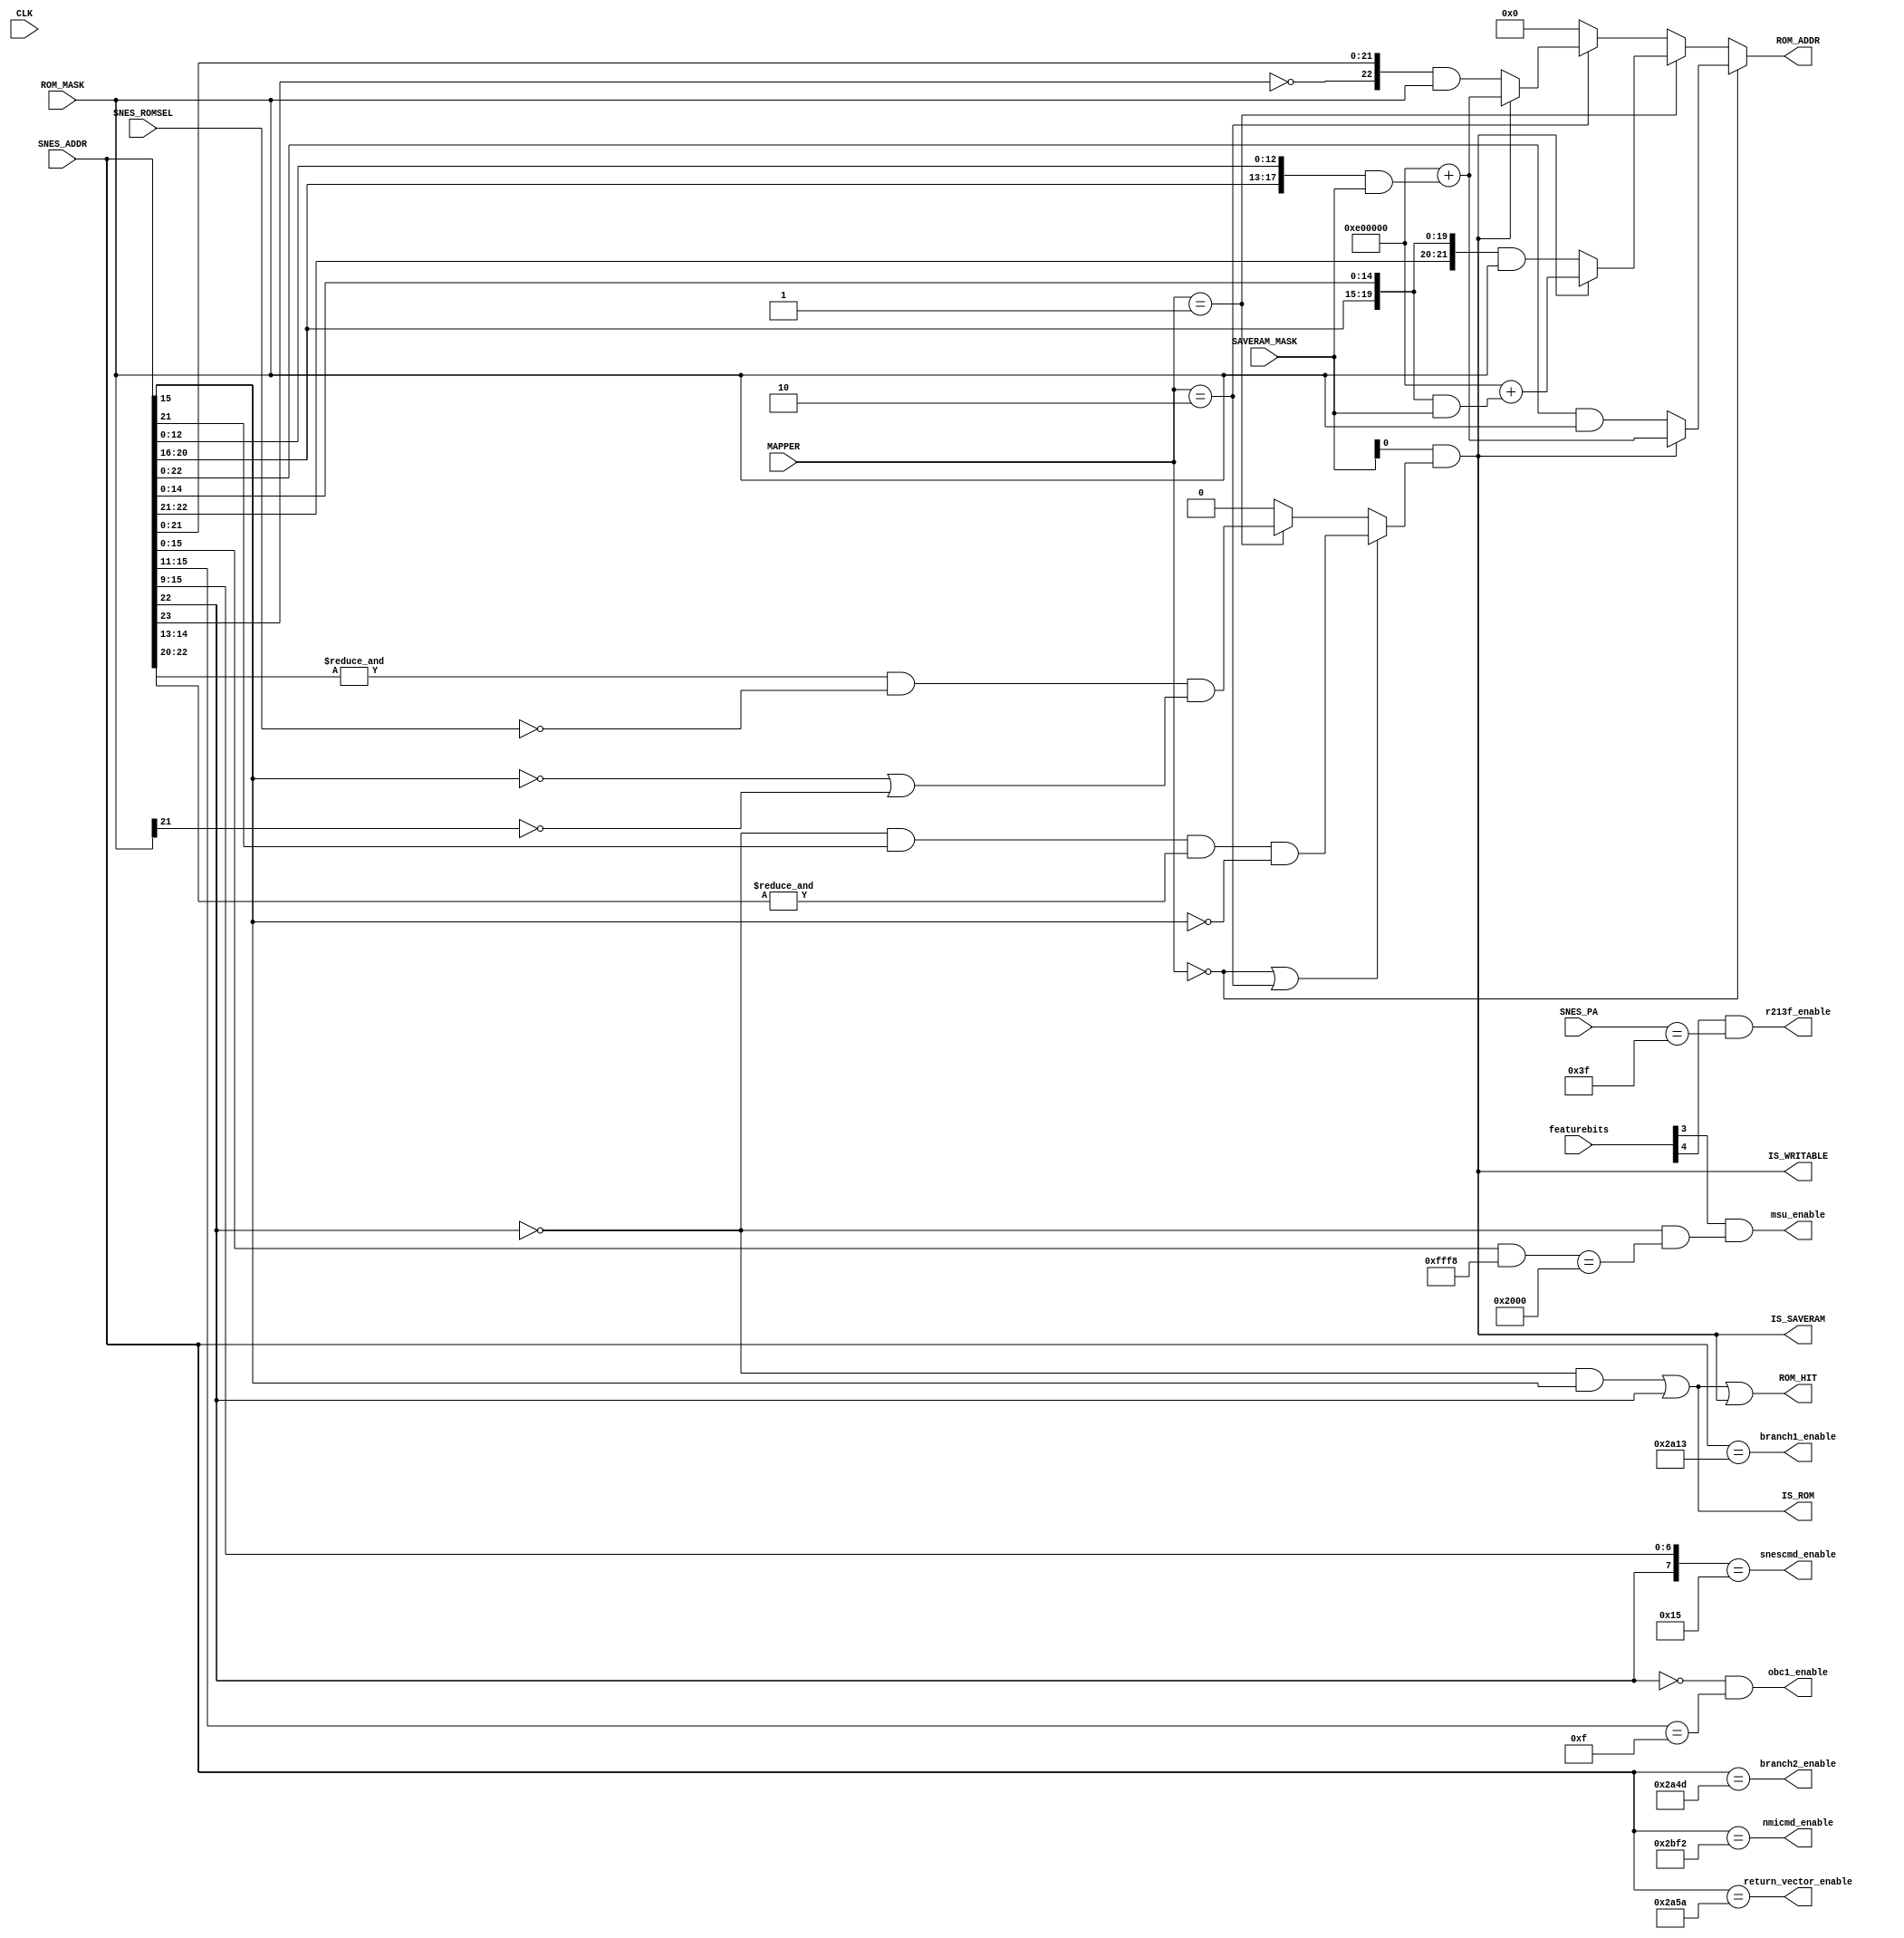
module address(
  input CLK,
  input [7:0] featurebits,  // peripheral enable/disable
  input [2:0] MAPPER,       // MCU detected mapper
  input [23:0] SNES_ADDR,   // requested address from SNES
  input [7:0] SNES_PA,      // peripheral address from SNES
  input SNES_ROMSEL,        // SNES ROM access
  output [23:0] ROM_ADDR,   // Address to request from SRAM0
  output ROM_HIT,           // enable SRAM0
  output IS_SAVERAM,        // address/CS mapped as SRAM?
  output IS_ROM,            // address mapped as ROM?
  output IS_WRITABLE,       // address somehow mapped as writable area?
  input [23:0] SAVERAM_MASK,
  input [23:0] ROM_MASK,
  output msu_enable,
  output r213f_enable,
  output snescmd_enable,
  output nmicmd_enable,
  output return_vector_enable,
  output branch1_enable,
  output branch2_enable,
  output obc1_enable
);

parameter [2:0]
  FEAT_MSU1 = 3,
  FEAT_213F = 4
;

wire [23:0] SRAM_SNES_ADDR;

/* currently supported mappers:
   Index     Mapper
      000      HiROM
      001      LoROM
      010      ExHiROM (48-64Mbit)
*/

/* HiROM:   SRAM @ Bank 0x30-0x3f, 0xb0-0xbf
            Offset 6000-7fff */

assign IS_ROM = ((!SNES_ADDR[22] & SNES_ADDR[15])
                 |(SNES_ADDR[22]));

assign IS_SAVERAM = SAVERAM_MASK[0]
                    &(((MAPPER == 3'b000
                     || MAPPER == 3'b010)
                      ? (!SNES_ADDR[22]
                         & SNES_ADDR[21]
                         & &SNES_ADDR[14:13]
                         & !SNES_ADDR[15]
                        )
/*  LoROM:   SRAM @ Bank 0x70-0x7d, 0xf0-0xff
 *  Offset 0000-7fff for ROM >= 32 MBit, otherwise 0000-ffff */
                      :(MAPPER == 3'b001)
                      ? (&SNES_ADDR[22:20]
                         & (~SNES_ROMSEL)
                         & (~SNES_ADDR[15] | ~ROM_MASK[21])
                        )
                      : 1'b0));

assign IS_WRITABLE = IS_SAVERAM;

assign SRAM_SNES_ADDR = ((MAPPER == 3'b000)
                          ?(IS_SAVERAM
                            ? 24'hE00000 + ({SNES_ADDR[20:16], SNES_ADDR[12:0]}
                                            & SAVERAM_MASK)
                            : ({1'b0, SNES_ADDR[22:0]} & ROM_MASK))

                        :(MAPPER == 3'b001)
                          ?(IS_SAVERAM
                            ? 24'hE00000 + ({SNES_ADDR[20:16], SNES_ADDR[14:0]}
                                            & SAVERAM_MASK)
                            : ({2'b00, SNES_ADDR[22:16], SNES_ADDR[14:0]}
                               & ROM_MASK))

                        :(MAPPER == 3'b010)
                          ?(IS_SAVERAM
                            ? 24'hE00000 + ({SNES_ADDR[20:16], SNES_ADDR[12:0]}
                                            & SAVERAM_MASK)
                            : ({1'b0, !SNES_ADDR[23], SNES_ADDR[21:0]}
                               & ROM_MASK))
                        : 24'b0);

assign ROM_ADDR = SRAM_SNES_ADDR;

assign ROM_SEL = 1'b0;

assign ROM_HIT = IS_ROM | IS_WRITABLE;

assign msu_enable = featurebits[FEAT_MSU1] & (!SNES_ADDR[22] && ((SNES_ADDR[15:0] & 16'hfff8) == 16'h2000));
assign r213f_enable = featurebits[FEAT_213F] & (SNES_PA == 8'h3f);
assign obc1_enable = (~SNES_ADDR[22]) & (SNES_ADDR[15:11] == 5'b01111);
assign snescmd_enable = ({SNES_ADDR[22], SNES_ADDR[15:9]} == 8'b0_0010101);
assign nmicmd_enable = (SNES_ADDR == 24'h002BF2);
assign return_vector_enable = (SNES_ADDR == 24'h002A5A);
assign branch1_enable = (SNES_ADDR == 24'h002A13);
assign branch2_enable = (SNES_ADDR == 24'h002A4D);
endmodule